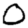
Digit: 0